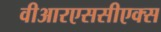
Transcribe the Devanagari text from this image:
वीआरएससीएक्स